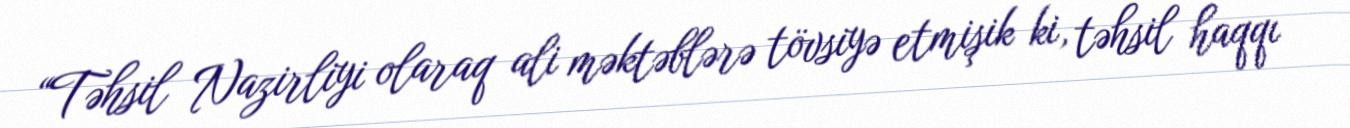
“Təhsil Nazirliyi olaraq ali məktəblərə tövsiyə etmişik ki, təhsil haqqı